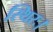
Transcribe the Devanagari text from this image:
स्थिरः।